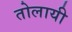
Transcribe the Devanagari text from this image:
तोलायी